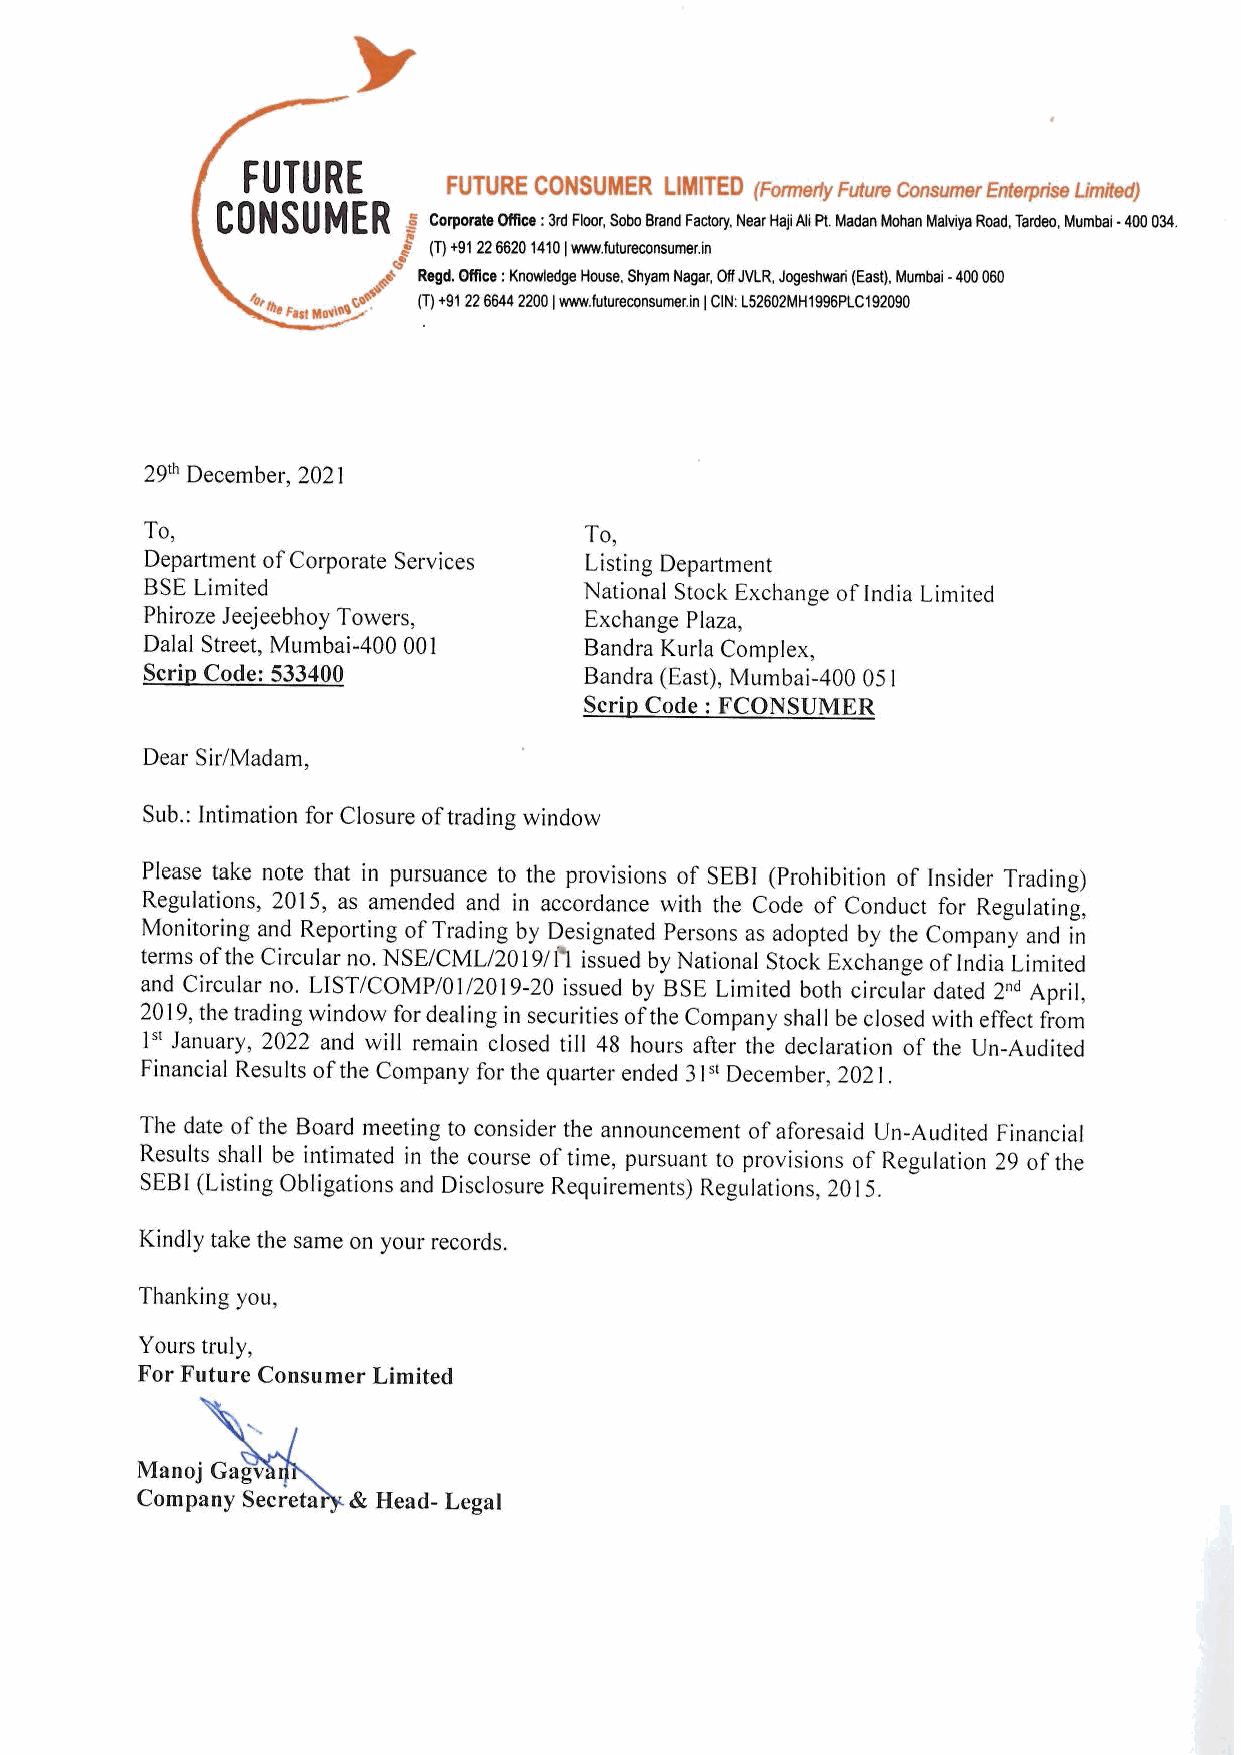
y
 FUTURE        FUTURE CONSUMER LIMITED (Formerly Future Consumer Enterprise Limited)
 C 0 N S U M FE R 5 Corporate Office : 3rd Floor, Sobo Brand Factory, Near Haji Ali Pt. Madan Mohan Malviya Road, Tardeo, Mumbai - 400 034.
 i (T) #91 22.6620 1410 | www.utureconsumerin
 S
 Pa  Regd. Office : Knowledge House, Shyam Nagar, Off JVLR, Jogeshwan (East), Mumbai - 400 060
 (T) +91 22 6644 2200 | www.futureconsumer.in | CIN: L52602MH1996PLC 192090
 2 the Fast movin
 29" December, 2021
 To,                          To,
 Department of Corporate Services Listing Department
 BSE Limited                  National Stock Exchange of India Limited
 Phiroze Jeejeebhoy Towers,   Exchange Plaza,
 Dalal Street, Mumbai-400 001 Bandra Kurla Complex,
 Scrip Code: 533400           Bandra (East), Mumbai-400 051
 Scrip Code : FCONSUMER
 Dear Sir/Madam,
 Sub.: Intimation for Closure of trading window
 Please take note that in pursuance to the provisions of SEBI (Prohibition of Insider Trading)
 Regulations, 2015, as amended and in accordance with the Code of Conduct for Regulating,
 Monitoring and Reporting of Trading by Designated Persons as adopted by the Company and in
 terms of the Circular no. NSE/CML/2019/T'l issued by National Stock Exchange of India Limited
 and Circular no. LIST/COMP/01/2019-20 issued by BSE Limited both circular dated 2"4 April,
 2019, the trading window for dealing in securities of the Company shall be closed with effect from
 I* January, 2022 and will remain closed till 48 hours after the declaration of the Un-Audited
 Financial Results of the Company for the quarter ended 31S December, 2021.
 The date of the Board meeting to consider the announcement of aforesaid Un-Audited Financial
 Results shall be intimated in the course of time, pursuant to provisions of Regulation 29 of the
 SEBI (Listing Obligations and Disclosure Requirements) Regulations, 2015.
 Kindly take the same on your records.
 Thanking you,
 Yours truly,
 For Future Consumer Limited
 Manoj Gagv
 Company Secretary. & Head- Legal